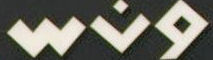
ونس